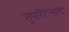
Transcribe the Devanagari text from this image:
सुपरिंटेन्डन्ट